Jaan_Tonisson_(Lasteleht), lk 28
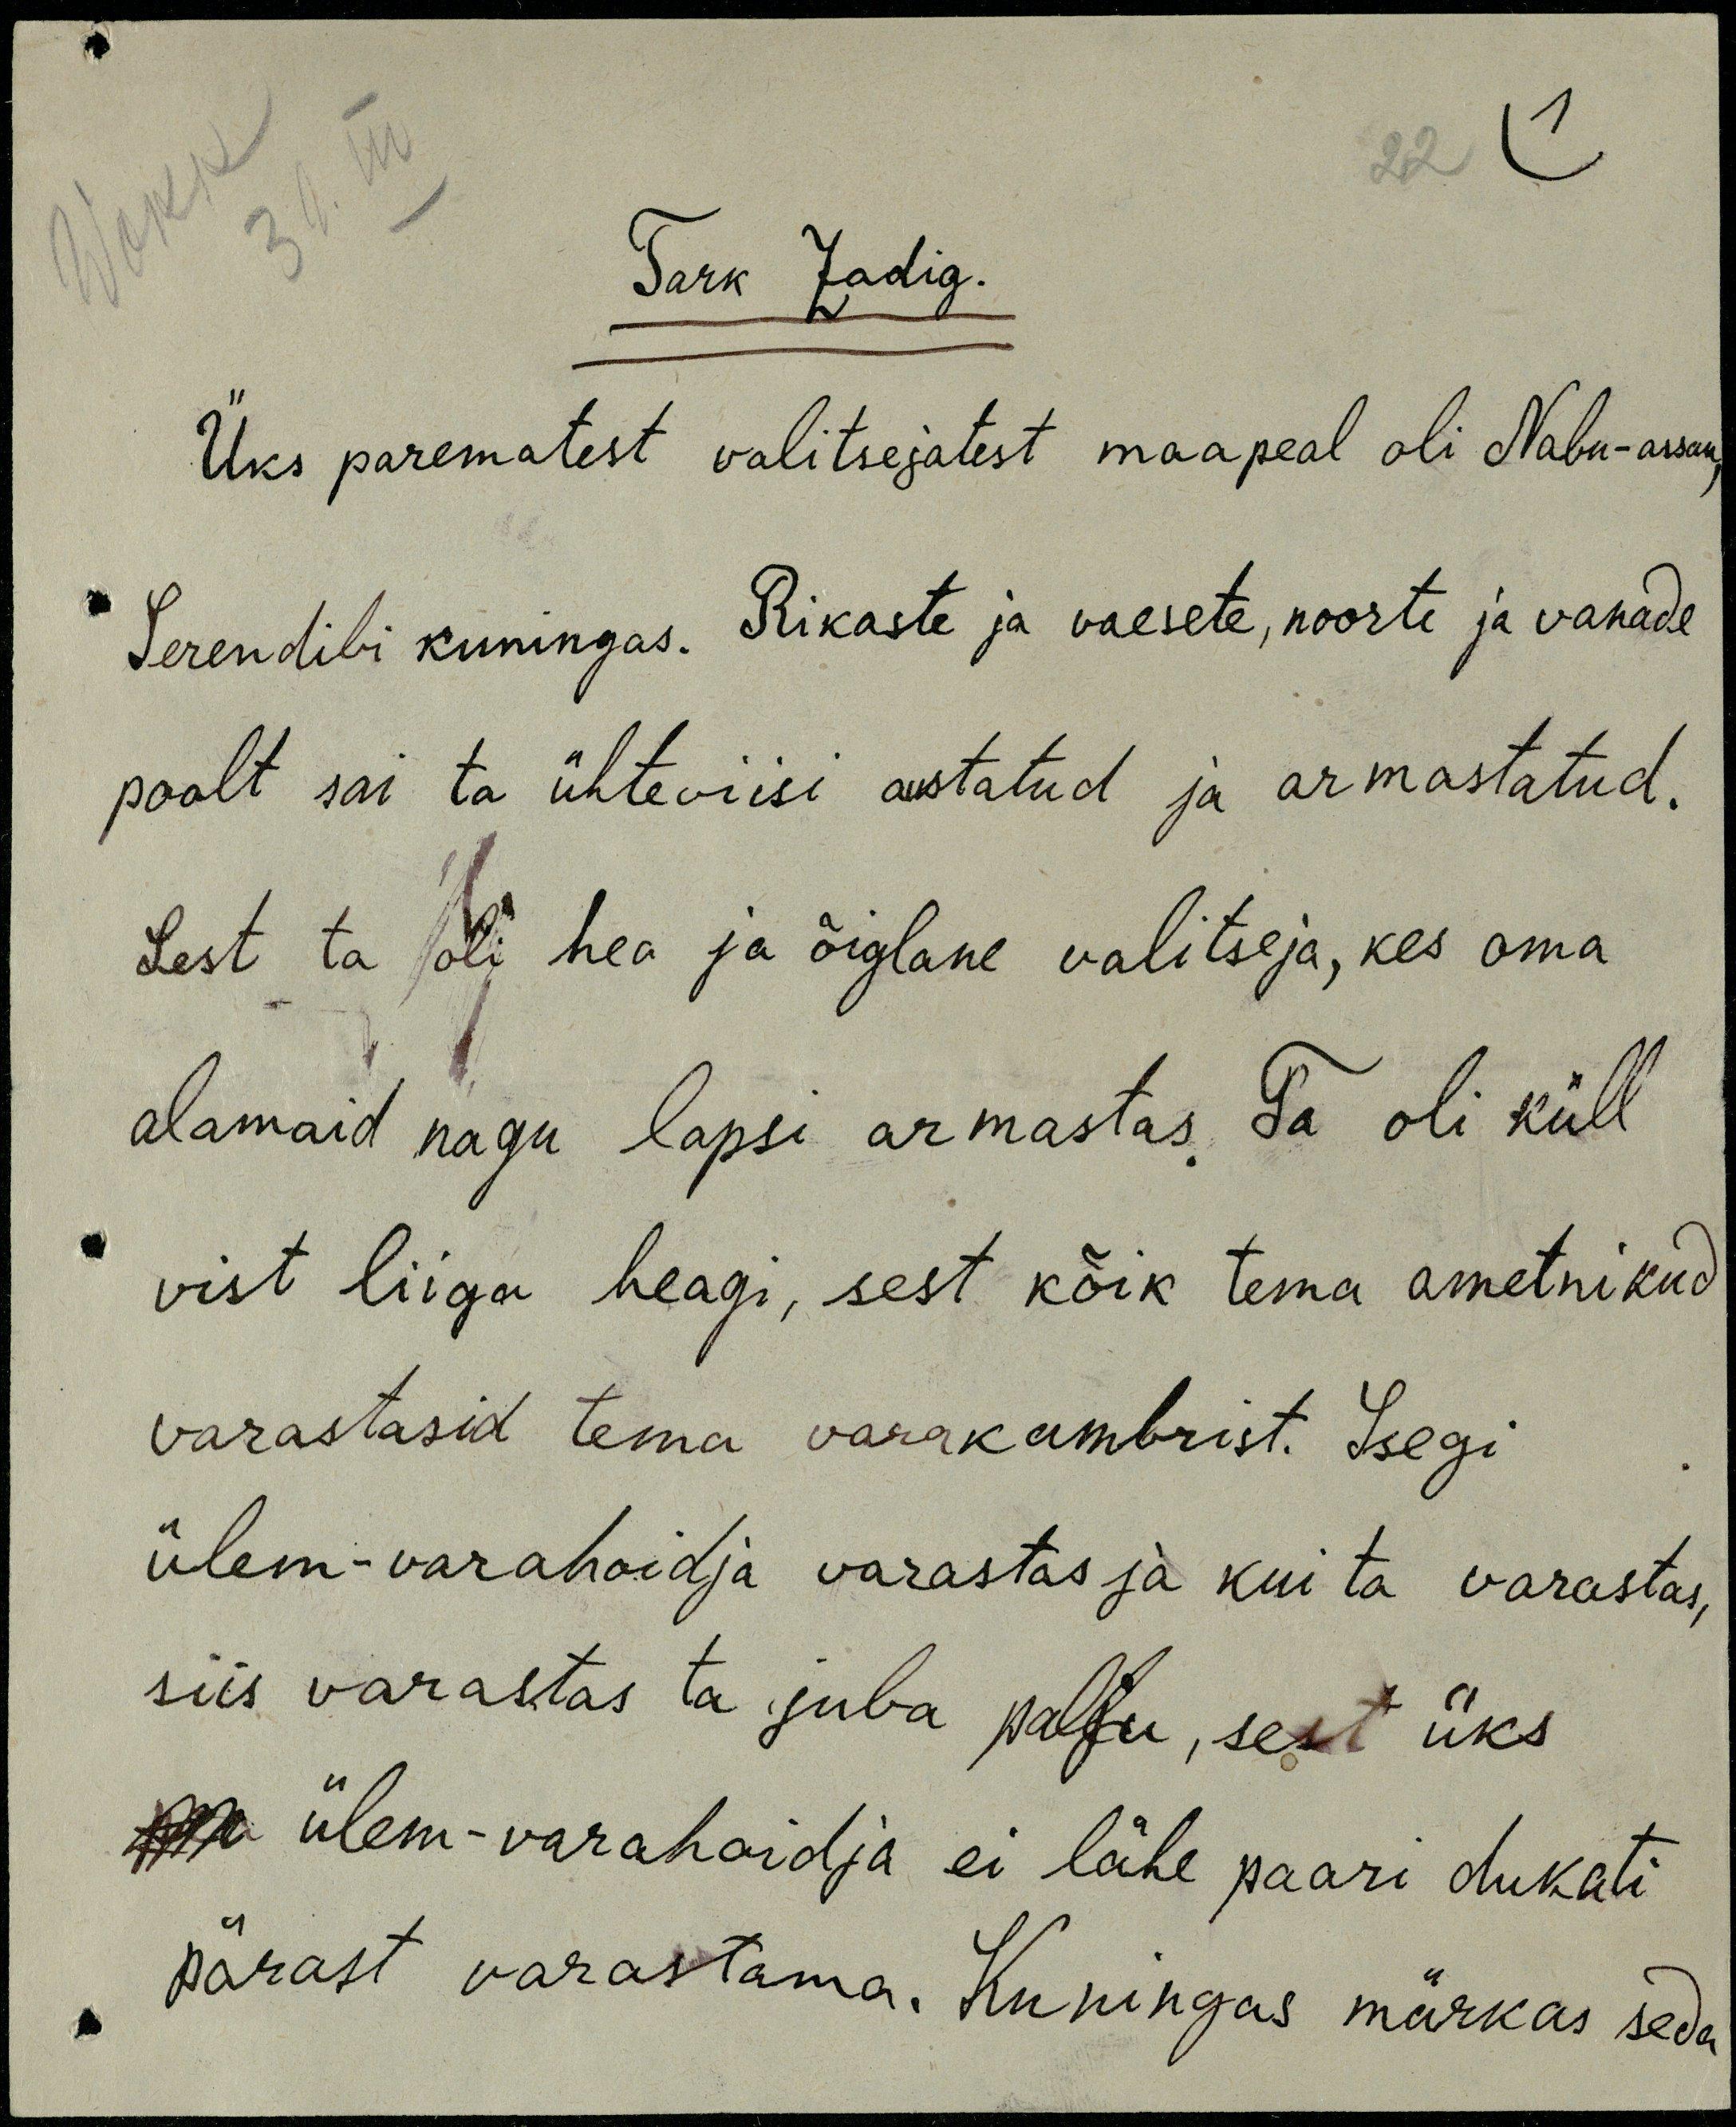
Tark Zadig.
Üks parematest valitsejatest maapeal oli Nabu-assan,
Serendibi kuningas. Rikaste ja vaesete, noorte ja vanade
poolt sai ta ühteviisi austatud ja armastatud.
Sest ta oli hea ja õiglane valitseja, kes oma
alamaid nagu lapsi armastas. Ta oli küll
vist liiga heagi, sest kõik tema ametnikud
varastasid tema varakambrist. Isegi
ülem-varahoidja varastas ja kui ta varastas,
siis varastas ta juba palju, sest üks
ülem-varahoidja ei lähe paari dukati
pärast varastama. Kuningas märkas seda